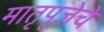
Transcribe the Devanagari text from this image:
मातृपूजेचे